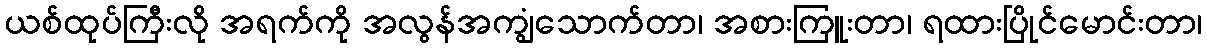
ယစ်ထုပ်ကြီးလို အရက်ကို အလွန်အကျွံသောက်တာ၊ အစားကြူးတာ၊ ရထားပြိုင်မောင်းတာ၊